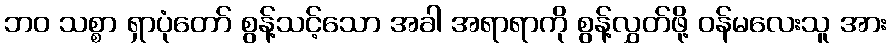
ဘဝ သစ္စာ ရှာပုံတော် စွန့်သင့်သော အခါ အရာရာကို စွန့်လွှတ်ဖို့ ဝန်မလေးသူ အား